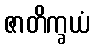
ဇာတိက္ခယံ